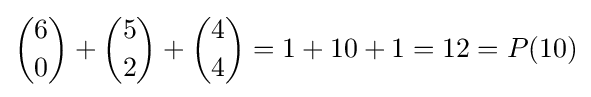
{6 \choose 0}+{5 \choose 2}+{4 \choose 4}=1+10+1=12=P(10)